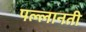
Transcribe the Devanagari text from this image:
पल्लानती